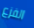
الفزع